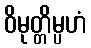
ဝိမုတ္တိမ္ပဟံ